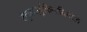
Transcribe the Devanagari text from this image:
टेट्राहाइड्रोकैनाबिनॉल